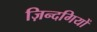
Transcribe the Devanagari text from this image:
ज़िन्दगियों